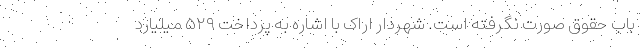
باب حقوق صورت نگرفته است. شهردار اراک با اشاره به پرداخت ۵۲۹ میلیارد